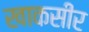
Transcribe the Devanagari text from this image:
खाकसीर